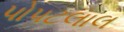
પોપટલાલ